Report on sanitation, dispensaries, and jails in Rajputana for 1912, and on vaccination for the year 1912-1913 - 1912-1913
Year: 1912
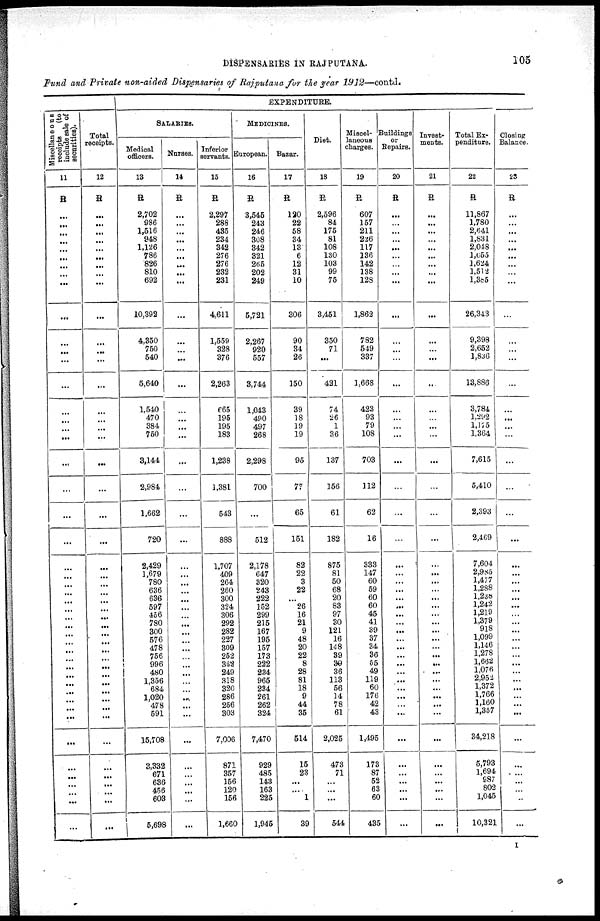
DISPENSARIES IN RAJPUTANA.
105
Fund and Private non-aided Dispensaries of Rajputana for the year 1912—contd.
Miscellaneous
receipts
(to
include sale of
securities).
11
R
...
...
...
...
...
...
...
...
...
...
...
...
...
...
...
...
...
...
...
...
...
...
...
...
...
...
...
...
...
...
...
...
...
...
...
...
...
...
...
...
...
...
...
...
...
...
...
...
Total
receipts.
12
R
...
...
...
...
...
...
...
...
...
...
...
...
...
...
...
...
...
...
...
...
...
...
...
...
...
...
...
...
...
...
...
...
...
...
...
...
...
...
...
...
...
...
...
...
...
...
...
...
EXPENDITURE.
SALARIES.
Medical
officers.
13
R
2,702
986
1,516
948
1,126
786
826
810
692
10,392
4,350
750
540
5,640
1,540
470
384
750
3,144
2,984
1,662
720
2,429
1,679
780
636
636
597
456
780
300
576
478
756
996
480
1,356
684
1,020
478
591
15,708
3,332
671
636
456
603
5,698
Nurses.
14
R
...
...
...
...
...
...
...
...
...
...
...
...
...
...
...
...
...
...
...
...
...
...
...
...
...
...
...
...
...
...
...
...
...
...
...
...
...
...
...
...
...
...
...
...
...
...
...
...
Inferior
servants.
15
R
2,297
288
435
234
342
276
276
232
231
4,611
1,559
328
376
2,263
665
195
195
183
1,238
1,381
543
888
1,707
409
264
260
300
324
306
292
282
227
309
252
342
249
318
320
286
256
303
7,006
871
357
156
120
156
1,660
MEDICINES.
European.
16
R
3,545
243
246
308
342
321
266
202
249
5,721
2,267
920
557
3,744
1,043
490
497
268
2,298
700
...
512
2,178
647
320
243
222
152
299
215
167
195
157
173
222
234
965
234
261
262
324
7,470
929
485
143
163
225
1,945
Bazar.
17
R
120
22
58
34
13
6
12
31
10
306
90
34
26
150
39
18
19
19
95
77
65
151
82
22
3
22
...
26
16
21
9
48
20
22
8
28
81
18
9
44
35
514
15
23
...
....
1
39
Diet.
18
R
2,596
84
175
81
108
130
103
99
75
3,451
350
71
...
421
74
26
1
36
137
156
61
182
875
81
50
68
20
83
97
30
121
16
148
39
39
36
113
56
14
78
61
2,025
473
71
...
...
...
544
Miscel-
laneous
charges.
19
R
607
157
211
226
117
136
142
138
128
1,862
782
549
337
1,668
423
93
79
108
703
112
62
16
333
147
60
59
60
60
45
41
39
37
34
36
55
49
119
60
176
42
43
1,495
173
87
52
63
60
435
Buildings
or
Repairs.
20
R
...
...
...
...
...
...
...
...
...
...
...
...
...
...
...
...
...
...
...
...
...
...
...
...
...
...
...
...
...
...
...
...
...
...
...
...
...
...
...
...
...
...
...
...
...
...
...
...
Invest-
ments.
21
R
...
...
...
...
...
...
...
...
...
...
...
...
...
..
...
...
...
...
...
...
...
...
...
...
...
...
...
...
...
...
...
...
...
...
...
...
...
...
...
...
...
...
...
...
...
...
...
...
Total Ex-
penditure.
22
R
11,867
1,780
2,641
1,831
2,048
1,655
1,624
1,512
1,385
26,343
9,398
2,652
1,836
13,886
3,784
1,292
1,175
1,364
7,615
5,410
2,393
2,469
7,604
2,985
1,477
1,288
1,238
1,242
1,219
1,379
918
1,099
1,146
1,278
1,662
1,076
2,952
1,372
1,766
1,160
1,357
34,218
5,793
1,694
987
802
1,045
10,321
Closing
Balance.
23
R
...
...
...
...
...
...
...
...
...
...
...
...
...
...
...
...
...
...
...
...
...
...
...
...
...
...
...
...
...
...
...
...
...
...
...
...
...
...
...
...
...
...
...
...
...
...
...
...
I